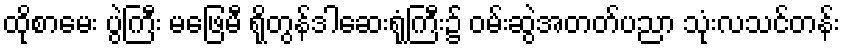
ထိုစာမေး ပွဲကြီး မဖြေမီ ရိုတွန်ဒါဆေးရုံကြီး၌ ဝမ်းဆွဲအတတ်ပညာ သုံးလသင်တန်း